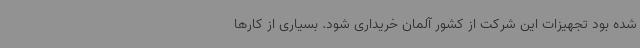
شده بود تجهیزات این شرکت از کشور آلمان خریداری شود. بسیاری از کارها